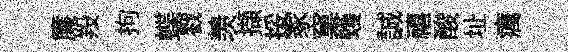
簾羖拘蝶戮羡擷挼冢窠蠖誠禧酸址癘